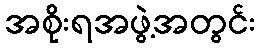
အစိုးရအဖွဲ့အတွင်း